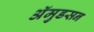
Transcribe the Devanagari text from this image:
अॅमुडसन